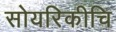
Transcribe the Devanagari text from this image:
सोयरिकीचि